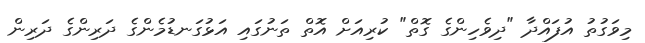
މިވަގުތު އުފައްދާ "ދިވެހިންގެ ގޮތް" ކުރިއަށް އޮތް ތަނުގައި އަޅުގަނޑުމެންގެ ދަރިންގެ ދަރިން